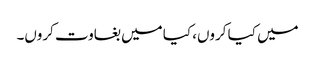
میں کیا کروں، کیا میں بغاوت کروں۔